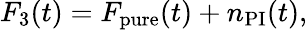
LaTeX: \begin{array}{r}{F_{3}(t)=F_{\mathrm{pure}}(t)+n_{\mathrm{PI}}(t),}\end{array}